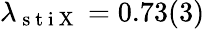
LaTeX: \lambda_{\mathrm{~s~t~i~X~}}=0.73(3)